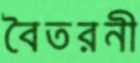
বৈতরনী